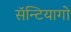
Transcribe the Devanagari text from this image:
सॅन्टियागो